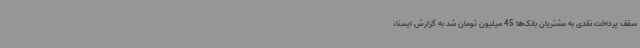
سقف پرداخت نقدی به مشتریان بانک‌ها 45 میلیون تومان شد به گزارش ایسنا،